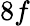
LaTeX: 8f